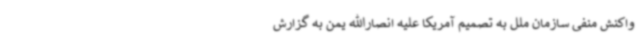
واکنش منفی سازمان ملل به تصمیم آمریکا علیه انصارالله یمن به گزارش